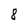
Character: 8